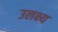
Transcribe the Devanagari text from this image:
उलक्ष्य